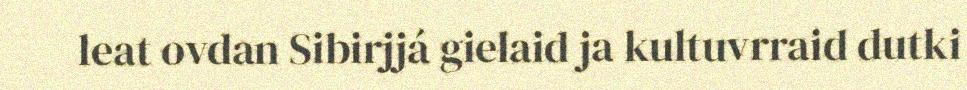
leat ovdan Sibirjjá gielaid ja kultuvrraid dutki